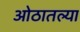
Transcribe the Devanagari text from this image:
ओठातल्या